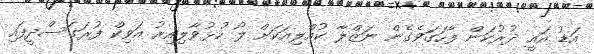
އަޑު އައީ ދުރުކަން ފާހަގަވެގެން ނަޒްލާ ކުއްލިއަކަށް ލޯ ހުޅުވާލިއިރު އަވިކް ފުރަގަސްދީފައި